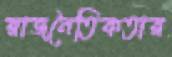
রাজনৈতিকতার